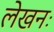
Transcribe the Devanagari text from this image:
लेखनः